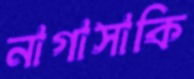
নাগাসাকি